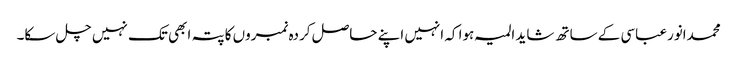
محمدانورعباسی کے ساتھ شاید المیہ ہوا کہ انہیں اپنے حاصل کردہ نمبروں کا پتہ ابھی تک نہیں چل سکا۔